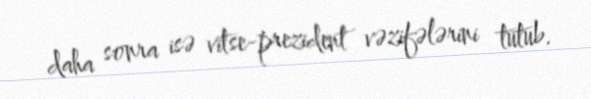
daha sonra isə vitse-prezident vəzifələrini tutub.